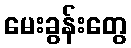
မေးခွန်းတွေ